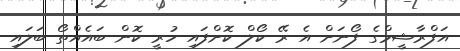
އަފްރާޝީމްގެ ފޯނަށް އެ ރޭ ކޯލް ކޮށްފައި ހުރީ ކޮން ބައެއްތޯ ބަލައި